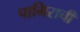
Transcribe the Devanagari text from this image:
पामिराची